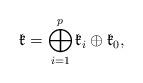
LaTeX: \begin{align*} \mathfrak{k}=\bigoplus_{i=1}^p\mathfrak{k}_i\oplus \mathfrak{k}_0,\end{align*}